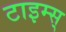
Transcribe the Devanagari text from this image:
टाइम्स्